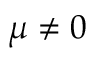
\mu \neq 0